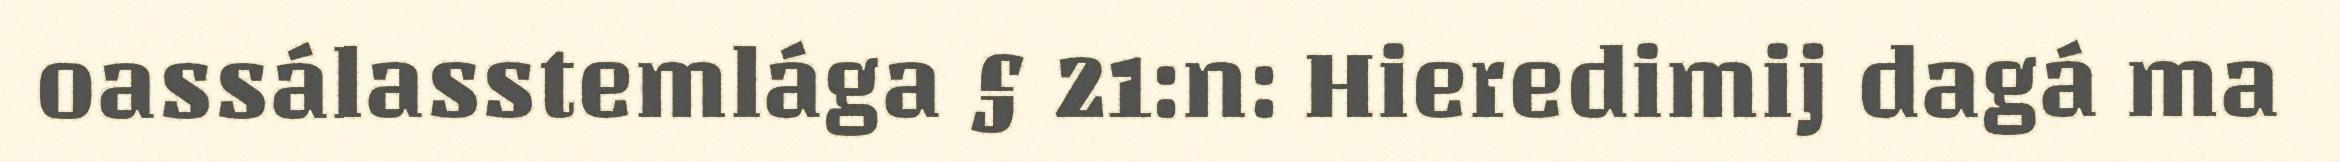
oassálasstemlága § 21:n: Hieredimij dagá ma